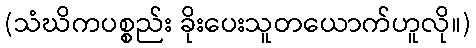
(သံဃိကပစ္စည်း ခိုးပေးသူတယောက်ဟူလို။)